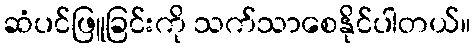
ဆံပင်ဖြူခြင်းကို သက်သာစေနိုင်ပါတယ်။